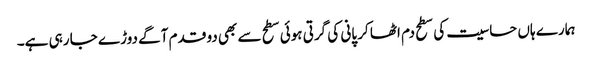
ہمارے ہاں حساسیت کی سطح دم اٹھا کر پانی کی گرتی ہوئی سطح سے بھی دو قدم آگے دوڑے جا رہی ہے۔